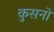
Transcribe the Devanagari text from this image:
कुसनो